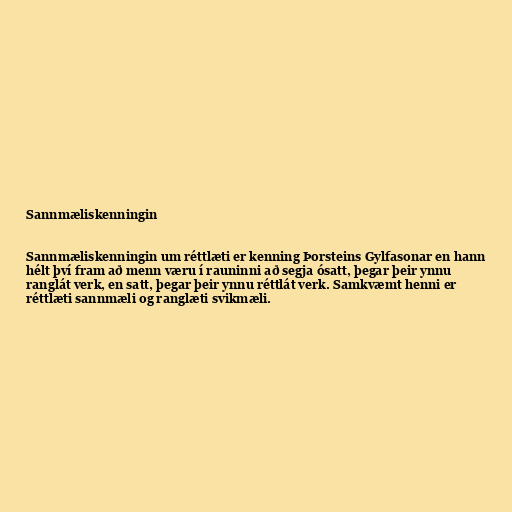
Sannmæliskenningin

Sannmæliskenningin um réttlæti er kenning Þorsteins Gylfasonar en hann
hélt því fram að menn væru í rauninni að segja ósatt, þegar þeir ynnu
ranglát verk, en satt, þegar þeir ynnu réttlát verk. Samkvæmt henni er
réttlæti sannmæli og ranglæti svikmæli.